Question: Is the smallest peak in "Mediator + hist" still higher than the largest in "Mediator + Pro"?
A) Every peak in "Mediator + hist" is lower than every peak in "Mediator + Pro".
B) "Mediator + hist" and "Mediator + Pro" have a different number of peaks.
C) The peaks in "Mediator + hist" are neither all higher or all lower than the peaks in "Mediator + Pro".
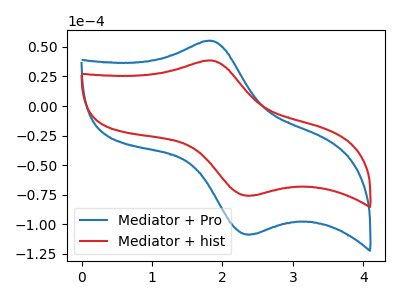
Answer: <think>The blue curve "Mediator + Pro" has an anodic peak at (1.85V, 55.15uA) and a cathodic peak at (2.40V, -108.60uA). The red curve "Mediator + hist" has an anodic peak at (1.85V, 38.45uA) and a cathodic peak at (2.40V, -75.80uA).</think>
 <answer>A) Every peak in "Mediator + hist" is lower than every peak in "Mediator + Pro".</answer>
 <eval>A</eval>